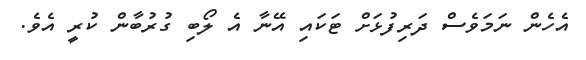
އެހެން ނަމަވެސް ދަރިފުޅަށް ޓަކައި އޭނާ އެ ލޯބި ގުރުބާން ކުރީ އެވެ.